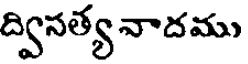
ద్విసత్య నాదము